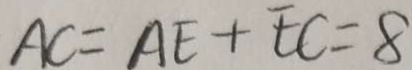
A C = A E + E C = 8